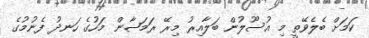
ކަމަށް ބެލެވޭތީ މި އުސޫލުން ބަލާއިރު މިރޭ ރަމަޟާން މަހުގެ ހަނދު ފެނުމުގެ